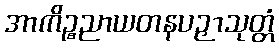
အာကိဉ္စညာယတနပဉှာသုတ္တံ